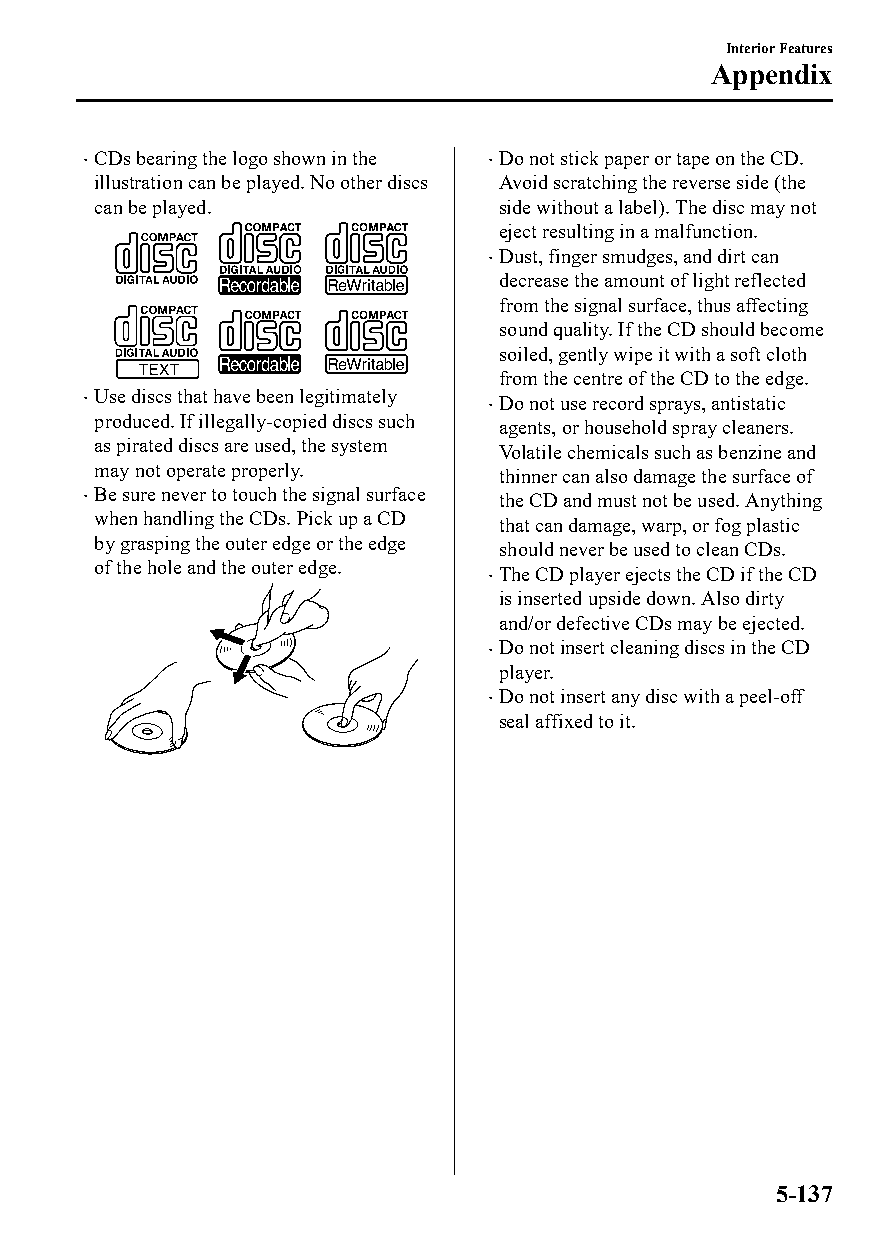
Interior Features
 Appendix
 CDs bearing the logo shown in the Do not stick paper or tape on the CD.
                           
 illustration can be played. No other discs Avoid scratching the reverse side (the
 can be played.             side without a label). The disc may not
 eject resulting in a malfunction.
 Dust, finger smudges, and dirt can
 
 decrease the amount of light reflected
 from the signal surface, thus affecting
 sound quality. If the CD should become
 soiled, gently wipe it with a soft cloth
 from the centre of the CD to the edge.
 Use discs that have been legitimately
                            Do not use record sprays, antistatic
 
 produced. If illegally-copied discs such
 agents, or household spray cleaners.
 as pirated discs are used, the system
 Volatile chemicals such as benzine and
 may not operate properly.
 thinner can also damage the surface of
 Be sure never to touch the signal surface
                            the CD and must not be used. Anything
 when handling the CDs. Pick up a CD
 that can damage, warp, or fog plastic
 by grasping the outer edge or the edge
 should never be used to clean CDs.
 of the hole and the outer edge.
 The CD player ejects the CD if the CD
 
 is inserted upside down. Also dirty
 and/or defective CDs may be ejected.
 Do not insert cleaning discs in the CD
 
 player.
 Do not insert any disc with a peel-off
 
 seal affixed to it.
 5-137
 CX-3_8GT4-EE-18D_Edition4                  2018-9-6 18:32:19